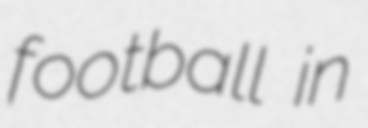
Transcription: football in